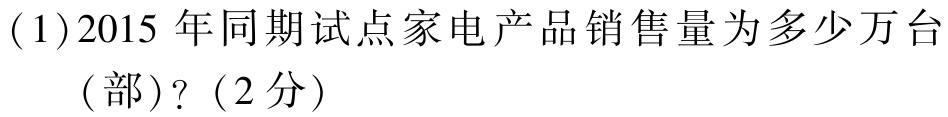
(1)2015 年同期试点家电产品销售量为多少万台

(部)?（2分）